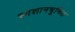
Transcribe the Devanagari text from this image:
स्मशानभूमित